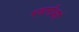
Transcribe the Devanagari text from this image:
भवानीआई